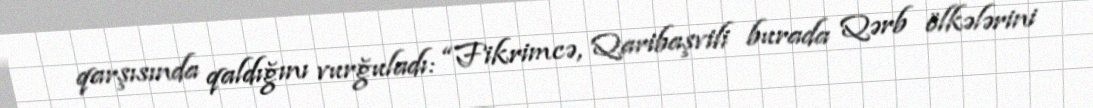
qarşısında qaldığını vurğuladı: “Fikrimcə, Qaribaşvili burada Qərb ölkələrini